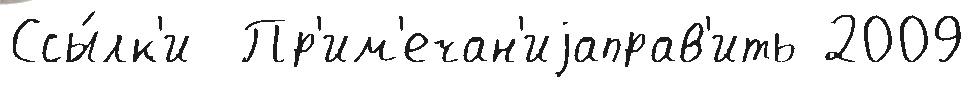
Ссы́лк'и  Пр'им'ечан'иjаправ'ить 2009